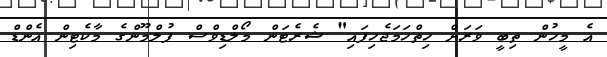
އެ މީހުން ތިބީ ވަރަށް ހިތްހަމަޖެހިފައި" ޝެރެޓަން މޯލްޑިވްސް ފުލްމޫންގެ މާކެޓިން އެންޑް